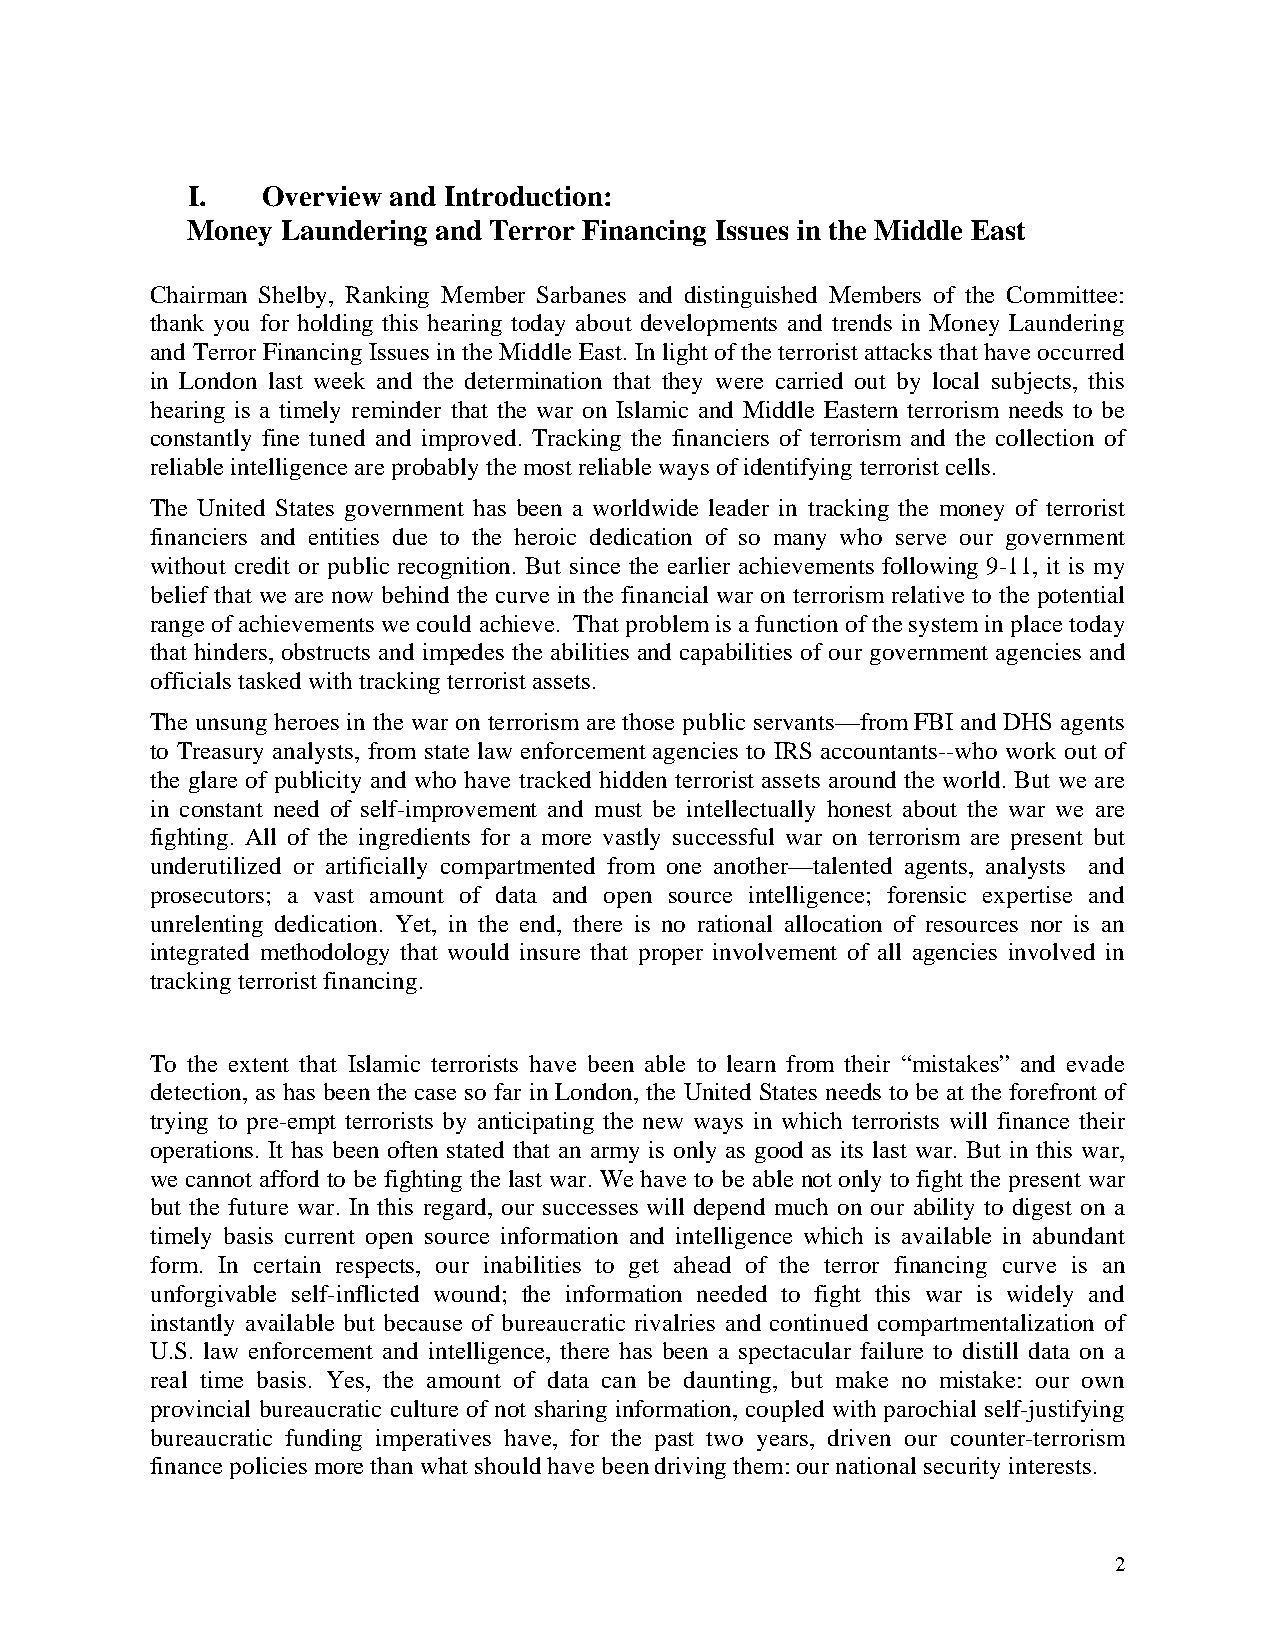
I.   Overview and Introduction:
 Money  Laundering and Terror Financing Issues in the Middle East
 Chairman Shelby, Ranking Member Sarbanes and distinguished Members of the Committee:
 thank you for holding this hearing today about developments and trends in Money Laundering
 and Terror Financing Issues in the Middle East. In light of the terrorist attacks that have occurred
 in London last week and the determination that they were carried out by local subjects, this
 hearing is a timely reminder that the war on Islamic and Middle Eastern terrorism needs to be
 constantly fine tuned and improved. Tracking the financiers of terrorism and the collection of
 reliable intelligence are probably the most reliable ways of identifying terrorist cells.
 The United States government has been a worldwide leader in tracking the money of terrorist
 financiers and entities due to the heroic dedication of so many who serve our government
 without credit or public recognition. But since the earlier achievements following 9-11, it is my
 belief that we are now behind the curve in the financial war on terrorism relative to the potential
 range of achievements we could achieve. That problem is a function of the system in place today
 that hinders, obstructs and impedes the abilities and capabilities of our government agencies and
 officials tasked with tracking terrorist assets.
 The unsung heroes in the war on terrorism are those public servants—from FBI and DHS agents
 to Treasury analysts, from state law enforcement agencies to IRS accountants--who work out of
 the glare of publicity and who have tracked hidden terrorist assets around the world. But we are
 in constant need of self-improvement and must be intellectually honest about the war we are
 fighting. All of the ingredients for a more vastly successful war on terrorism are present but
 underutilized or artificially compartmented from one another—talented agents, analysts and
 prosecutors; a vast amount of data and open source intelligence; forensic expertise and
 unrelenting dedication. Yet, in the end, there is no rational allocation of resources nor is an
 integrated methodology that would insure that proper involvement of all agencies involved in
 tracking terrorist financing.
 To the extent that Islamic terrorists have been able to learn from their “mistakes” and evade
 detection, as has been the case so far in London, the United States needs to be at the forefront of
 trying to pre-empt terrorists by anticipating the new ways in which terrorists will finance their
 operations. It has been often stated that an army is only as good as its last war. But in this war,
 we cannot afford to be fighting the last war. We have to be able not only to fight the present war
 but the future war. In this regard, our successes will depend much on our ability to digest on a
 timely basis current open source information and intelligence which is available in abundant
 form. In certain respects, our inabilities to get ahead of the terror financing curve is an
 unforgivable self-inflicted wound; the information needed to fight this war is widely and
 instantly available but because of bureaucratic rivalries and continued compartmentalization of
 U.S. law enforcement and intelligence, there has been a spectacular failure to distill data on a
 real time basis. Yes, the amount of data can be daunting, but make no mistake: our own
 provincial bureaucratic culture of not sharing information, coupled with parochial self-justifying
 bureaucratic funding imperatives have, for the past two years, driven our counter-terrorism
 finance policies more than what should have been driving them: our national security interests.
 2